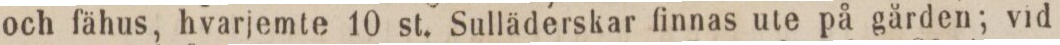
och fähus, hvarjemte 10 st. Sulläderskar finnas ute på gården; vid